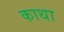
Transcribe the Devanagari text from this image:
काथा